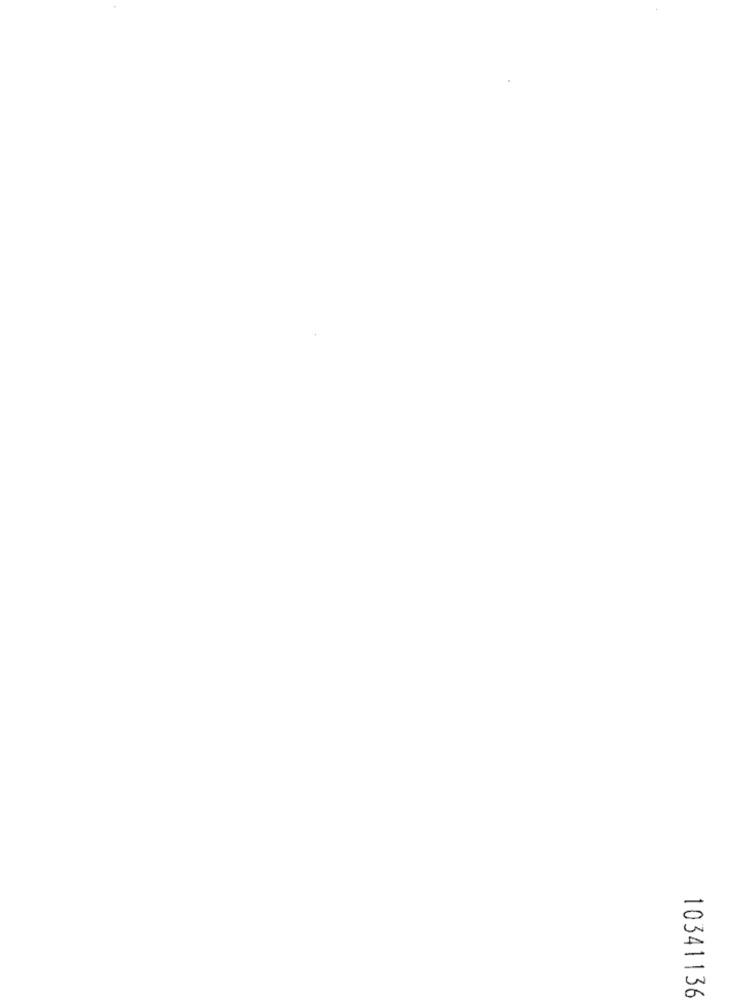
10341136